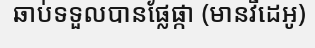
ឆាប់ទទួលបានផ្លែផ្កា (មានវីដេអូ)